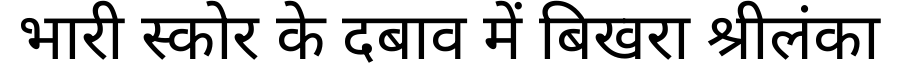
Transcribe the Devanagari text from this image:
भारी स्कोर के दबाव में बिखरा श्रीलंका